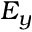
E _ { y }